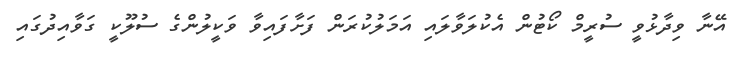
އޭނާ ވިދާޅުވީ ސުރީމް ކޯޓުން އެކުލަވާލައި އަމަލުކުރަން ފަށާފައިވާ ވަކީލުންގެ ސުލޫކީ ގަވާއިދުގައި